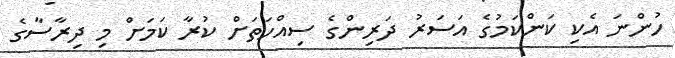
ހުންނަ އެކި ކަންކަމުގެ އަސަރު ދަރިންގެ ސިއްހަތަށް ކުރާ ކަމަށް މި ދިރާސާގެ